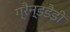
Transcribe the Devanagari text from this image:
ग्रैन्डडैडी